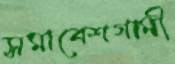
সমাবেশগামী